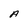
Character: A